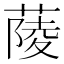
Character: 䔖